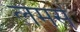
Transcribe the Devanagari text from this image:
लेमर्स